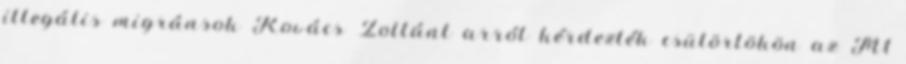
illegális migránsok Kovács Zoltánt arról kérdezték csütörtökön az M1